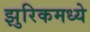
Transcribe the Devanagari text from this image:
झुरिकमध्ये